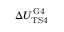
\Delta { U _ { \mathrm { T S 4 } } ^ { \mathrm { G 4 } } }